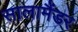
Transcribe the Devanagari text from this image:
सालामैंडर